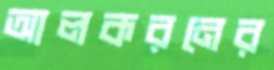
আলকরনের